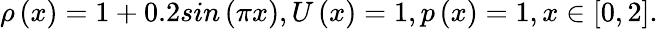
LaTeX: \rho\left(x\right)=1+0.2sin\left(\pi x\right),U\left(x\right)=1,p\left(x\right)=1,x\in\left[0,2\right].